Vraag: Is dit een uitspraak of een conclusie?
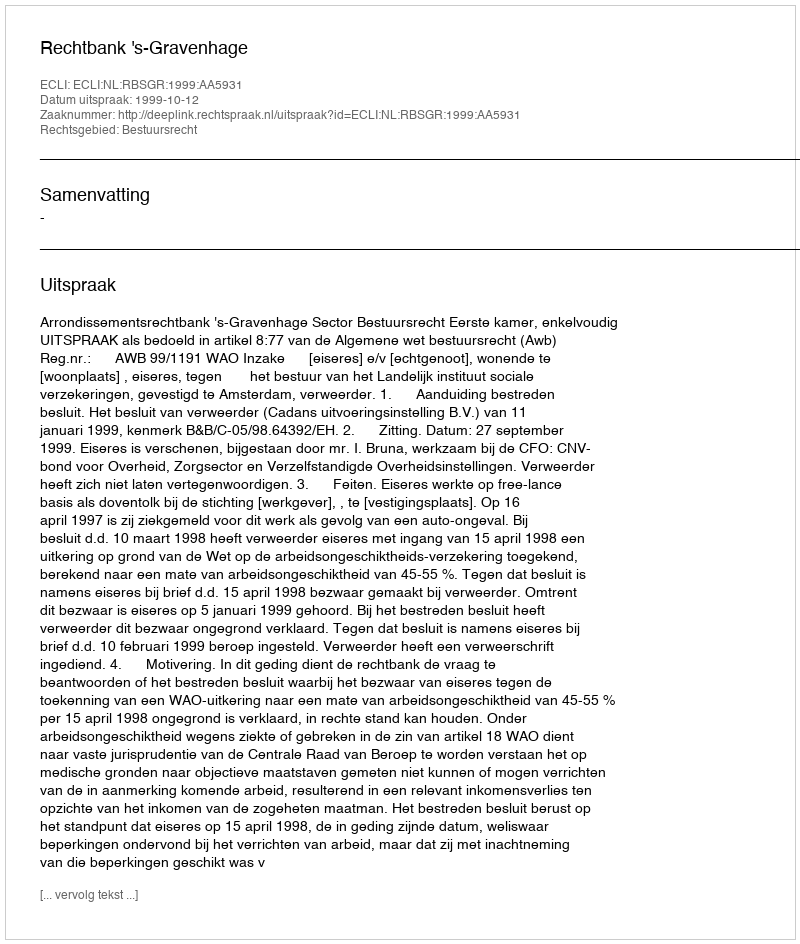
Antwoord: Uitspraak